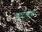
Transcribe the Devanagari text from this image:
उंटदलाचा